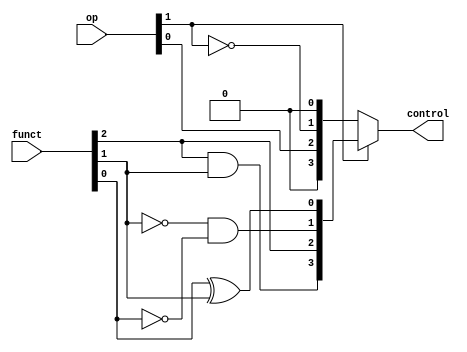
module alucu(op, funct, control);
    
    input [1:0]op;                              //op function
    input [2:0]funct;                           //minimal bits from the funct7 and funct3 fields
    output [3:0]control;
    wire [3:0]temp1,temp2;

    xor( temp1[0], funct[0], funct[1]);
    and( temp1[1], ~funct[1], ~funct[0]);
    assign temp1[2]=funct[2];
    and( temp1[3], funct[2], funct[1]);

    assign temp2[0]=op[1];
    assign temp2[1]=~op[1];
    assign temp2[2]=op[0];
    assign temp2[3]=op[1];

    assign control= op[1]?temp1:temp2;          //checks if aluop is 01/00 or 10 and returns the control signal to the ALU

endmodule

//Full Adder Module
module FA(a,b,cin,sum,cout);

	input a,b,cin;
	output sum,cout;
	wire t1,t2,t3;

	xor(sum,a,b,cin);
	and(t1,a,b);
	and(t2,a,cin);
	and(t3,b,cin);
	or(cout,t1,t2,t3);

endmodule

//ALU module
module alu(a,b,cin,control,result,cout);

	input a,b,cin;
	input [3:0]control;
	output result,cout;
	wire t1,t2;
	wire ain,bin;
	wire sum,slt;
	wire t3,t4;

	assign ain=control[3] ? ~a:a; 				//checks if a needs to be inverted
	assign bin=control[2] ? ~b:b;				//checks if b needs to be inverted
	
	and (t1,ain,bin);
	or (t2,ain,bin);
	FA a0(ain,bin,cin,sum,cout);
	assign slt=~cout;
	
	assign t3 = control[0]?t2:t1;				//chooses and/or function
	assign t4 = control[0]?slt:sum;				//chooses slt/sum function
	assign result = control[1]?t4:t3;			//gets result of the four operations

endmodule

//4 bit ALU module
module alu4(a,b,cin,control,result,cout);

	input [3:0]a,b,control;
	input cin;
	output [3:0]result;
	output cout;
	wire [3:1]c;

	alu a0(a[0],b[0],cin,control,result[0],c[1]);
	alu a1(a[1],b[1],c[1],control,result[1],c[2]);
	alu a2(a[2],b[2],c[2],control,result[2],c[3]);
	alu a3(a[3],b[3],c[3],control,result[3],cout);

endmodule

//16 bit ALU module
module alu16(a,b,cin,control,result,cout);

	input [15:0]a,b;
	input [3:0]control;
	input cin;
	output [15:0]result;
	output cout;
	wire [3:1]c;

	alu4 a0(a[3:0],b[3:0],cin,control,result[3:0],c[1]);
	alu4 a1(a[7:4],b[7:4],c[1],control,result[7:4],c[2]);
	alu4 a2(a[11:8],b[11:8],c[2],control,result[11:8],c[3]);
	alu4 a3(a[15:12],b[15:12],c[3],control,result[15:12],cout);

endmodule

//64 bit ALU module
module alu64(a,b,cin,control,result,cout,zero,overflow);

	input [63:0]a,b;
	input [3:0]control;
	input cin;
	output [63:0]result;
	output cout,zero,overflow;
	wire [3:1]c;
	wire t1,t2,t3,t4,t5,t6,t7,t8;
	
	alu16 a0(a[15:0],b[15:0],cin,control,result[15:0],c[1]);
	alu16 a1(a[31:16],b[31:16],c[1],control,result[31:16],c[2]);
	alu16 a2(a[47:32],b[47:32],c[2],control,result[47:32],c[3]);
	alu16 a3(a[63:48],b[63:48],c[3],control,result[63:48],cout);

	assign zero = ~|result;							//checks if result is zero

	and (t1,a[63],b[63],~result[63]);				
	and (t2,~a[63],~b[63],result[63]);
	or  (t3,t1,t2);
	and (t4,~control[2],control[1],t3);				//checks if there is an overflow in addition

	and (t5,a[63],~b[63],~result[63]);
	and (t6,~a[63],b[63],result[63]);
	or  (t7,t5,t6);
	and (t8,control[2],control[1],t7);				//checks if there is an overflow in subtraction

	or  (overflow,t8,t4);							//checks if there is overall overflow

endmodule

//complete ALU module
module completeALU(a,b,op,funct,result,cout,zero,overflow);

	input [63:0]a,b;
    input [1:0]op;
    input [2:0]funct;
	output [63:0]result;
	output cout,zero,overflow;
	wire [3:0]control;

	alucu a0(op,funct,control);										//generates control signal for ALU
	alu64 a1(a,b,control[2],control,result,cout,zero,overflow);		//generates required output and output flags

endmodule

module mcu(I,rst,clk,alusrc,memToReg,regWrite,memRead,memWrite,branch,aluOP);

	input [31:0]I;
	input rst, clk;
	output alusrc, memToReg, regWrite, memWrite, memRead, branch;
	output [1:0]aluOP;	

	assign alusrc   = (~I[4] & ~I[6]) | (~I[5] & ~I[6]);
	assign memToReg = ~(I[6] | I[5] | I[4]);
	assign regWrite = (I[5] & I[4]) | (~I[5] & ~I[4]) | (~I[5] & ~I[6]);
	assign memRead  = ~(I[6] | I[5] | I[4]);
	assign memWrite = ~(I[6] | ~I[5] | I[4]);
	assign branch   = I[6] & I[5] & ~I[4];
	assign aluOP[1] = ~I[6] & I[4];
	assign aluOP[0] = I[6] & I[5] & ~I[4];
	
endmodule

module immediateBlock(I,O);

	input [31:0]I;
	output reg [63:0]O;
	wire [6:0]opcode;

	assign opcode= I[6:0];

	always@(I)
	begin

		if(opcode == 7'b0010011)
		begin
			O[11:0] <= I[31:20];
			if(I[31])
				O[63:12] <= 52'hfffffffffffff;
			else
				O[63:12] <= 52'h0;
		end

		else if(opcode == 7'b0000011)
		begin
			O[11:0]  = I[31:20];
			if(I[31])
				O[63:12] <= 52'hfffffffffffff;
			else
				O[63:12] <= 52'h0;
		end

		else if(opcode == 7'b0100011)
		begin
			O[4:0]   = I[11:7];
			O[11:5]  = I[31:25];
			if(I[31])
				O[63:12] <= 52'hfffffffffffff;
			else
				O[63:12] <= 52'h0;
		end

		else if(opcode == 7'b1100011)
		begin
			O[3:0] = I[11:8];
			O[9:4] = I[30:25];
			O[10]  = I[7];
			O[11]  = I[31];
			if(I[31])
				O[63:12] <= 52'hfffffffffffff;
			else
				O[63:12] <= 52'h0;
		end	

		else
			O[63:0] = 64'hx;
	end

endmodule		

module fullDataPath(PC,clk,rst,New_PC,ans,I);

	input [63:0]PC;
	input clk,rst;
	output [63:0]New_PC,ans;
	output [31:0]I;

	reg [31:0]IM[0:1023];		//Instruction Memory
	reg [63:0]DM[0:131071];		//Data Memory
	reg [63:0]RF[0:31];			//Register file
	reg [63:0]rData;			//output out of data memory

	wire alusrc, memToReg, regWrite, memWrite, memRead, branch,cout,zero,overflow;
	wire [1:0]aluOP;
	wire [63:0]imm,Imm,SecondALUinput,result;
	wire [2:0]funct;
	integer k;

	assign I=IM[PC];
	assign SecondALUinput = alusrc ? imm : RF[I[24:20]];
	assign funct = ((~I[6]) & I[5] & I[4]) ? {I[30],I[13],I[12]} : I[14:12];
	assign Imm = imm<<1;

	mcu m0(I,rst,clk,alusrc,memToReg,regWrite,memRead,memWrite,branch,aluOP);
	immediateBlock m1(I,imm);
	completeALU m3(RF[I[19:15]],SecondALUinput,aluOP,funct,result,cout,zero,overflow);

	//Instruction Memory
	always@(posedge clk)
	begin
		IM[10] <= 32'b00000000000001001011000100000011;
		IM[11] <= 32'b00000000010001001011000010000011;
		IM[12] <= 32'b00000000001000001000011001100011;
		IM[13] <= 32'b01000000000100010000000110110011;
		IM[14] <= 32'b00000000100100011000010000100011;
		IM[24] <= 32'b11111110110000010000000110010011;
		IM[25] <= 32'b00000000100100011000010000100011;
	end

	//RF module
	always@(posedge clk,rData)
	begin
		if(regWrite)
			RF[I[11:7]] <= rData;

		if(rst)
		begin
			for(k=0;k<32;k=k+1)
				RF[k] <= k;
		end
	end

	//DM module
	always@(posedge clk,result)
	begin
		DM[9]  <= 100;
		DM[13] <= 100;
		if(memRead)
			rData <= DM[result];
		if(memWrite)
			DM[result] <= RF[I[24:20]];
	end

	always@(result)
	begin
		if(!memToReg)
			rData <= result;
	end

	assign New_PC = (zero & branch) ? PC+Imm : PC+1;
	assign ans = regWrite ? RF[I[11:7]] : 64'hx;

endmodule